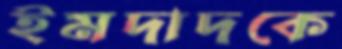
ইমদাদকে